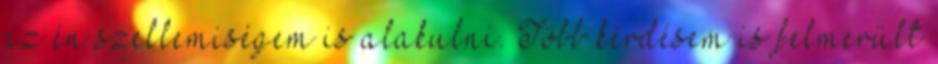
az én szellemiségem is alakulni. Több kérdésem is felmerült